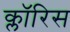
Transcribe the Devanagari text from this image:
क्लॉरिस